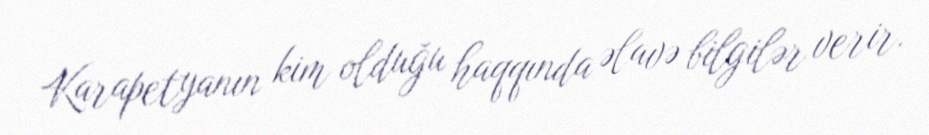
Karapetyanın kim olduğu haqqında əlavə bilgilər verir.